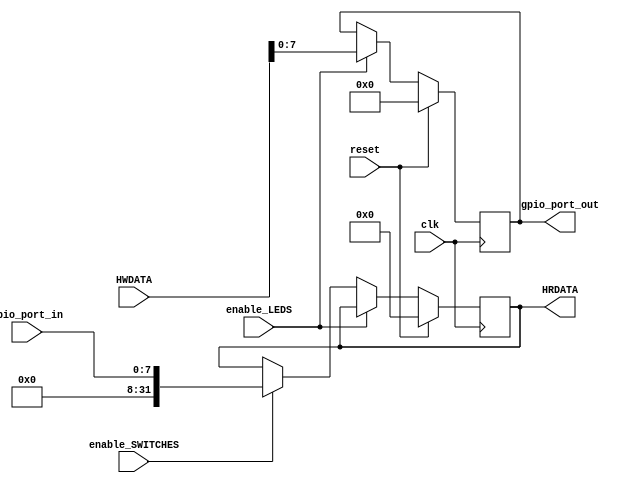
module GPIO (
    input clk, reset, enable_LEDS, enable_SWITCHES,
    input [7:0] gpio_port_in,
	 input [31:0] HWDATA,
	 output reg [7:0] gpio_port_out,
	 output reg [31:0] HRDATA
    );
	 
    
localparam LEDS = 'h10010024;
localparam SWITCHES = 'h10010028;

	 
always @(posedge clk)
		begin
       if(reset)
			begin
            gpio_port_out <= 7'b0;
					HRDATA <= 7'b0;
			end
			else
			if(enable_LEDS)
//				begin
				gpio_port_out <= HWDATA[7:0];
//				HRDATA <= HRDATA;
//				end
			else if(enable_SWITCHES)
//				begin
				HRDATA <= {{24{1'b0}},gpio_port_in};
//				gpio_port_out <= gpio_port_out;
//				end
			else
				begin
				gpio_port_out <= gpio_port_out;
				HRDATA <= HRDATA;
				end

		end

endmodule